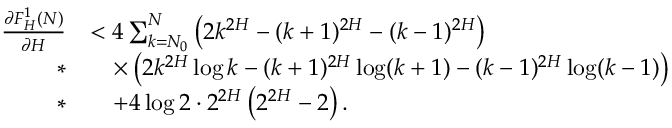
\begin{array} { r l } { \frac { \partial F _ { H } ^ { 1 } ( N ) } { \partial H } } & { < 4 \sum _ { k = N _ { 0 } } ^ { N } \left( 2 k ^ { 2 H } - ( k + 1 ) ^ { 2 H } - ( k - 1 ) ^ { 2 H } \right) } \\ { * } & { \quad \times \left( 2 k ^ { 2 H } \log k - ( k + 1 ) ^ { 2 H } \log ( k + 1 ) - ( k - 1 ) ^ { 2 H } \log ( k - 1 ) \right) } \\ { * } & { \quad + 4 \log 2 \cdot 2 ^ { 2 H } \left( 2 ^ { 2 H } - 2 \right) . } \end{array}